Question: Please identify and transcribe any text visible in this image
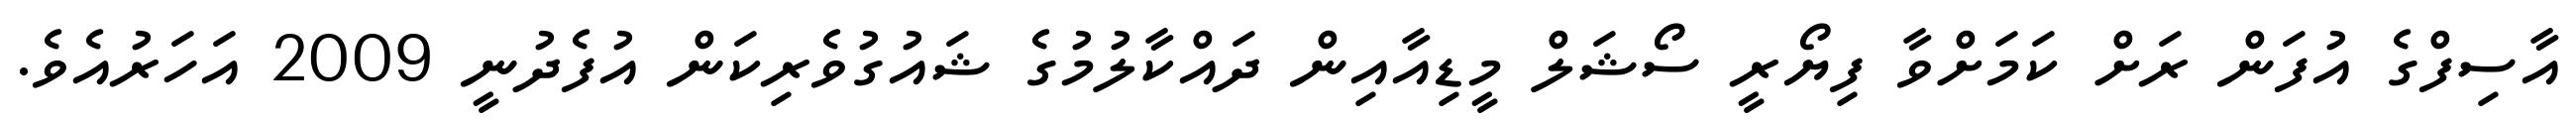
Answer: އާސިފްގެ އުފަން ރަށް ކަމަށްވާ ފިޔޯރީ ސޯޝަލް މީޑިއާއިން ދައްކާލުމުގެ ޝައުގުވެރިކަން އުފެދުނީ 2009 އަހަރުއެވެ.